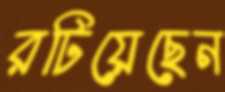
রটিয়েছেন